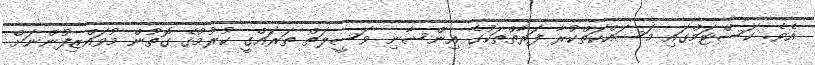
އެވެ. ކަސްޓަމްގައި މަސައްކަތްކުރާ ފަރާތްތަކުގެ އިންސާނި ވަސީލަތް ތަރައްގީ ކުރުމުގެ ގޮތުން މުވައްޒިފުންނަށް